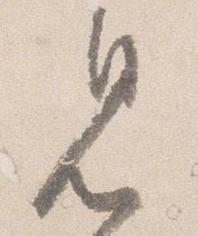
見